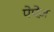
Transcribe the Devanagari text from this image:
पेपेज़